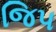
જિપ